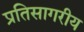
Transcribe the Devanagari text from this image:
प्रतिसागरीय